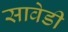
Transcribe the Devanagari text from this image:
सावेडी